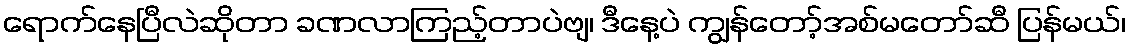
ရောက်နေပြီလဲဆိုတာ ခဏလာကြည့်တာပဲဗျ၊ ဒီနေ့ပဲ ကျွန်တော့်အစ်မတော်ဆီ ပြန်မယ်၊